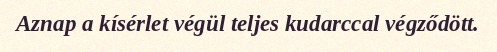
Aznap a kísérlet végül teljes kudarccal végződött.